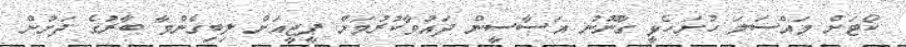
ކޯޓަށް މައްސަލަ ހުށަހެޅީ ގާނޫނު އަސާސީން ދައުވާކުރުމަށް ޕީޖީއަށް ލިބިގެންވާ ބާރުގެ ދަށުން